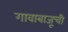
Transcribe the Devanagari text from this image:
गावाबाजूची